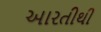
આરતીથી